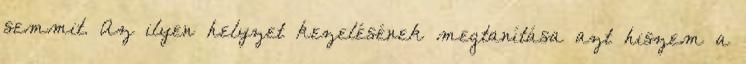
semmit. Az ilyen helyzet kezelésének megtanítása azt hiszem a